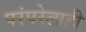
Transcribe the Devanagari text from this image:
परंपरेलाही